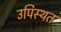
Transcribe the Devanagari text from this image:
उपिस्थत